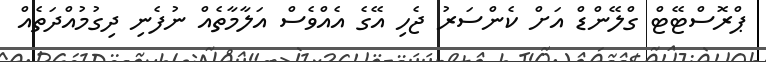
ޕްރޮސްޓޭޓް ގްލޭންޑް އަށް ކެންސަރު ޖެހި އޭގެ އެއްވެސް އަލާމާތެއް ނުފެނި ދިގުމުއްދަތެއް